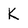
Character: K